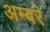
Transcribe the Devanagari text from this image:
अम्बरे